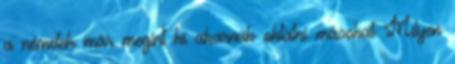
a németek már megint ki akarnak oktatni másokat Milyen